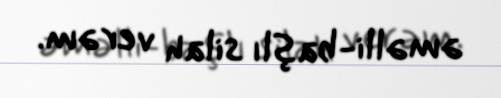
əməlli-başlı silah verəm.